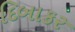
દિબાકર